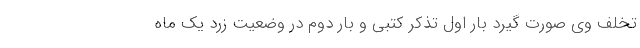
تخلف وی صورت گیرد بار اول تذکر کتبی و بار دوم در وضعیت زرد یک ماه